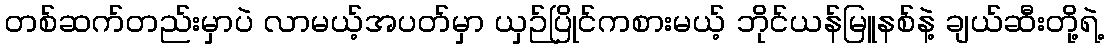
တစ်ဆက်တည်းမှာပဲ လာမယ့်အပတ်မှာ ယှဉ်ပြိုင်ကစားမယ့် ဘိုင်ယန်မြူနစ်နဲ့ ချယ်ဆီးတို့ရဲ့